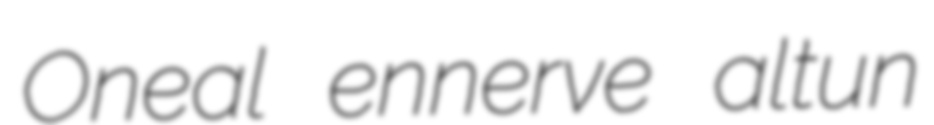
Oneal ennerve altun